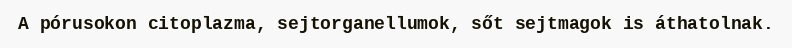
A pórusokon citoplazma, sejtorganellumok, sőt sejtmagok is áthatolnak.